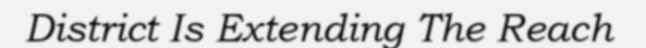
District Is Extending The Reach